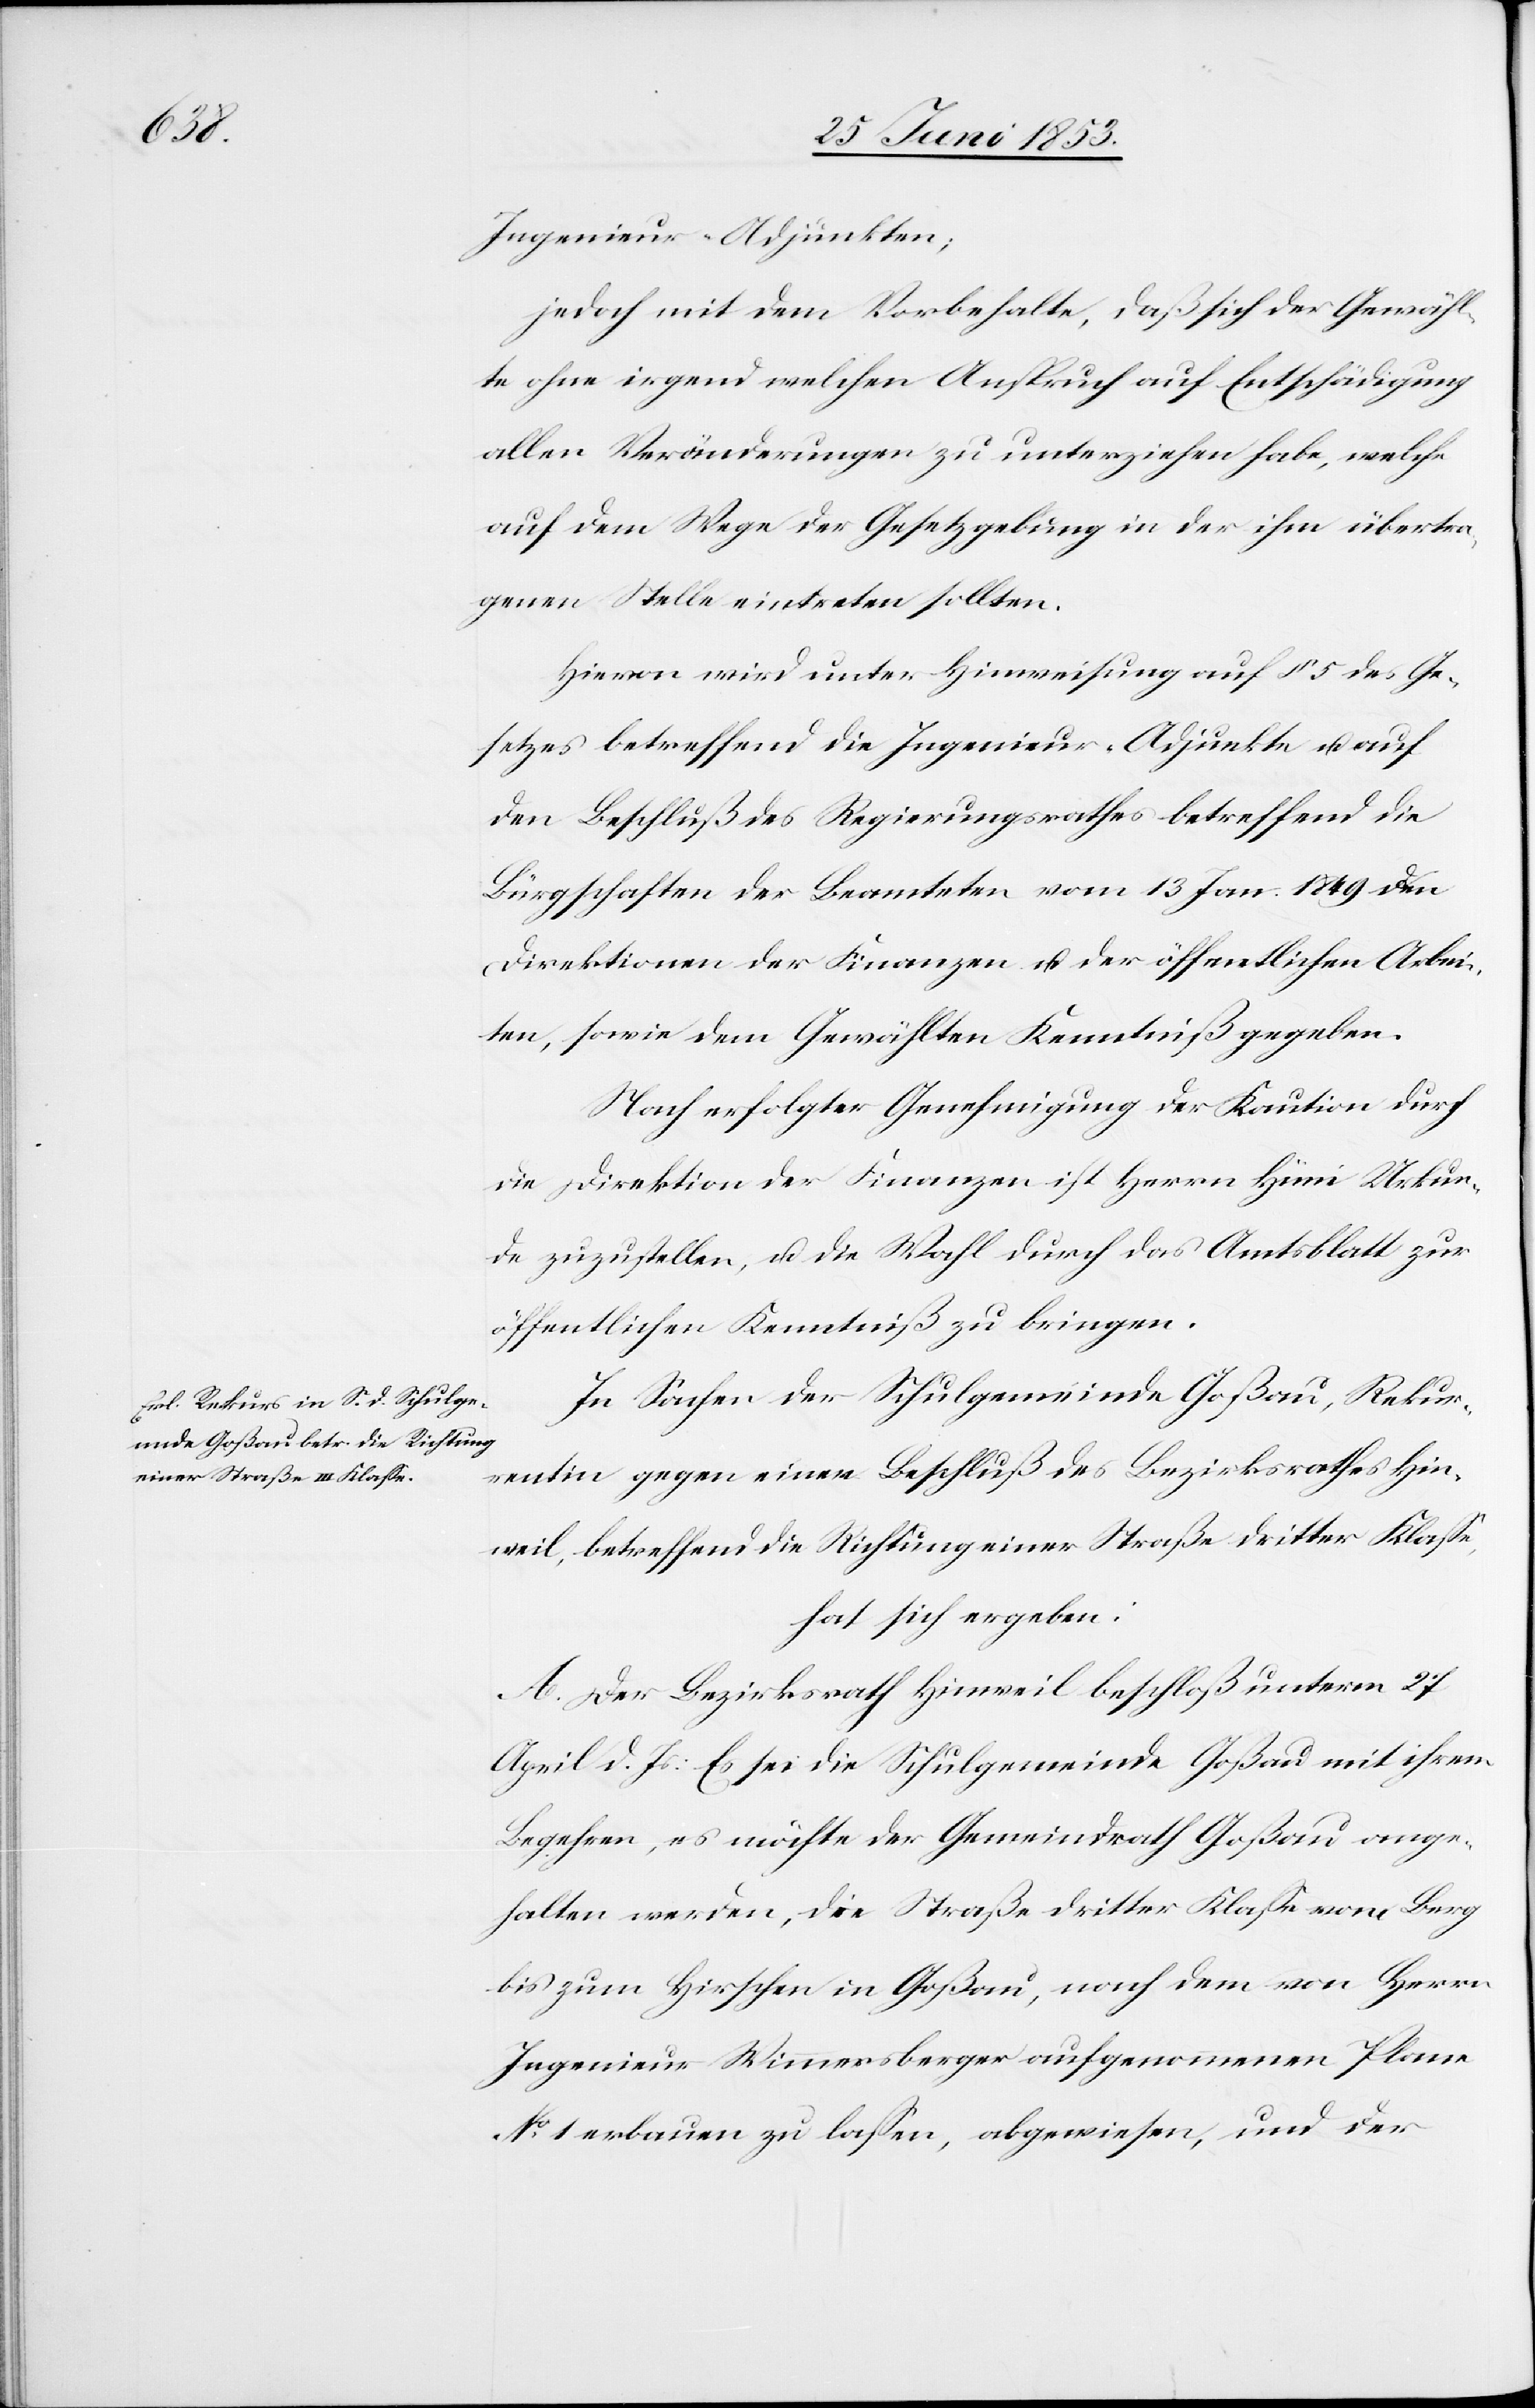
Ingenieur-Adjunkten;
jedoch mit dem Vorbehalte, daß sich der Gewähl¬
te ohne irgend welchen Anspruch auf Entschädigung
allen Veränderungen zu unterziehen habe, welche
auf dem Wege der Gesetzgebung in der ihm übertra¬
genen Stelle eintreten sollten.
Hievon wird unter Hinweisung auf § 5 des Ge¬
setzes betreffend die Ingenieur-Adjunkte u. auf
den Beschluß des Regierungsrathes betreffend die
Bürgschaften der Beamteten vom 13 Jan. 1849 den
Direktionen der Finanzen u. der öffentlichen Arbei¬
ten, sowie dem Gewählten Kenntniß gegeben.
Nach erfolgter Genehmigung der Kaution durch
die Direktion der Finanzen ist Herrn Hüni Urkun¬
de zuzustellen, u. die Wahl durch das Amtsblatt zur
öffentlichen Kenntniß zu bringen.
In Sachen der Schulgemeinde Goßau, Rekur¬
rentin gegen einen Beschluß des Bezirksrathes Hin¬
weil, betreffend die Richtung einer Straße dritter Klaße,
hat sich ergeben:
A. Der Bezirksrath Hinweil beschloß unterm 27
April d. Js: Es sei die Schulgemeinde Goßau mit ihrem
Begehren, es möchte der Gemeindrath Goßau ange¬
halten werden, die Straße dritter Klaße vom Berg
bis zum Hirschen in Goßau, nach dem von Herrn
Ingenieur Wimmersberger aufgenommenen Plane
N°. 1 erbauen zu laßen, abgewiesen, und der